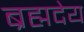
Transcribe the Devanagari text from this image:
ब्रह्मदेय